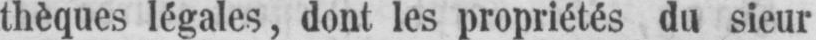
thèques légales, dont les propriétés du sieur